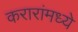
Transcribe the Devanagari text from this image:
करारांमध्ये